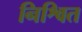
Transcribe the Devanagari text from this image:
निश्वित